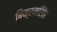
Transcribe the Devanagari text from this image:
बिक्रमसिंह